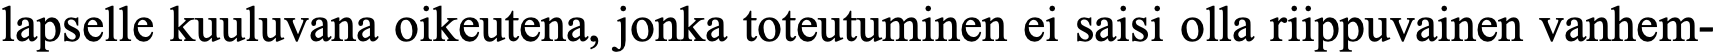
lapselle kuuluvana oikeutena, jonka toteutuminen ei saisi olla riippuvainen vanhem-